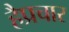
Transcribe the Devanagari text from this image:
हैप्रचार